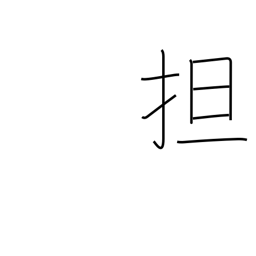
Meaning: raise